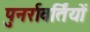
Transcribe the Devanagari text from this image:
पुनर्रावर्तियों